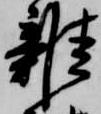
雑